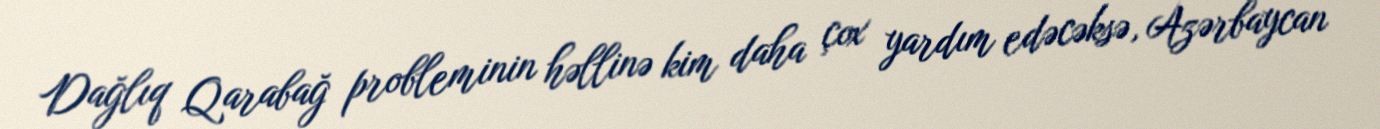
Dağlıq Qarabağ probleminin həllinə kim daha çox yardım edəcəksə, Azərbaycan